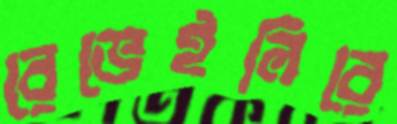
রেভেইলিরে